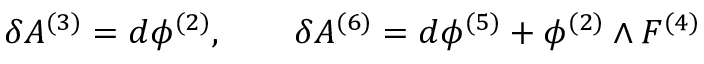
\delta A ^ { ( 3 ) } = d \phi ^ { ( 2 ) } , \qquad \delta A ^ { ( 6 ) } = d \phi ^ { ( 5 ) } + \phi ^ { ( 2 ) } \wedge F ^ { ( 4 ) }